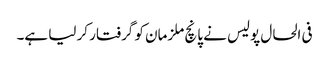
فی الحال پولیس نے پانچ ملزمان کو گرفتار کر لیا ہے۔